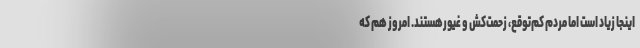
اینجا زیاد است اما مردم کم‌توقع، زحمت‌کش و غیورهستند. امروز هم که